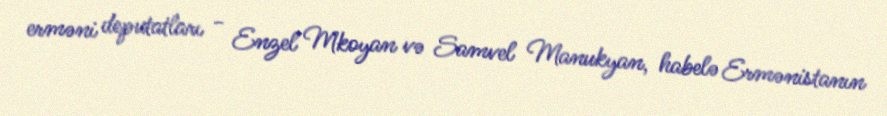
erməni deputatları - Enzel Mkoyan və Samvel Manukyan, habelə Ermənistanın